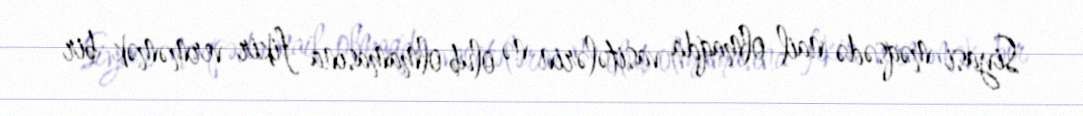
Siyasi məqsədə nail olmaqda vasitələrin nə olub olmamasına fikir verməmək bir